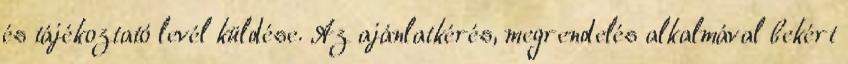
és tájékoztató levél küldése. Az ajánlatkérés, megrendelés alkalmával bekért